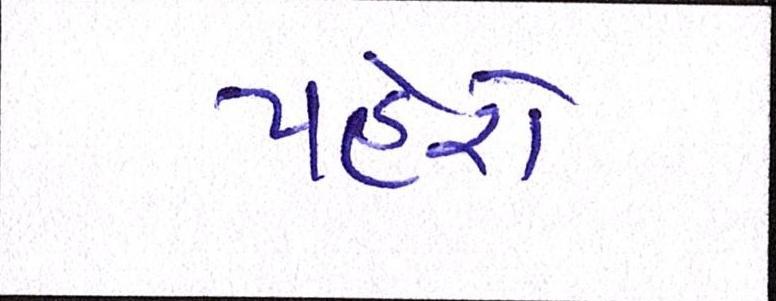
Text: પહેરો